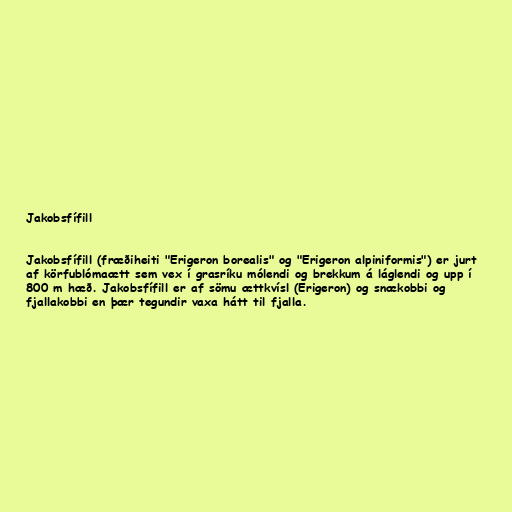
Jakobsfífill

Jakobsfífill (fræðiheiti "Erigeron borealis" og "Erigeron alpiniformis") er jurt
af körfublómaætt sem vex í grasríku mólendi og brekkum á láglendi og upp í
800 m hæð. Jakobsfífill er af sömu ættkvísl (Erigeron) og snækobbi og
fjallakobbi en þær tegundir vaxa hátt til fjalla.